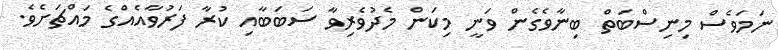
ނަމަވެސް މިނިސްބަތް ބިނާވެގެން ވަނީ މިކަން މެދުވެރިވާ ސަބަބާއި ކުރާ ފަރުވާއެއްގެ މައްޗަށެވެ.